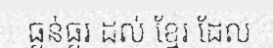
ធ្ងន់ធ្ងរ ដល់ ខ្មែរ ដែល